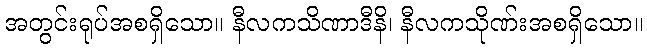
အတွင်းရုပ်အစရှိသော။ နီလကသိဏာဒီနိ၊ နီလကသိုဏ်းအစရှိသော။